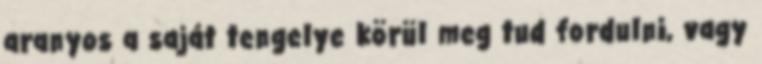
aranyos a saját tengelye körül meg tud fordulni, vagy